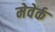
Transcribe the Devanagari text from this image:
मेवेर्क